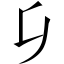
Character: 𠂎